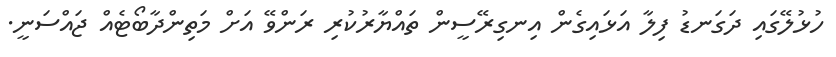
ހުޅުލޭގައި ދަގަނޑު ފިލާ އަޅައިގެން އިނގިރޭސީން ތައްޔާރުކުރި ރަންވޭ އަށް މަތިންދާބޯޓެއް ޖައްސަނީ.